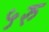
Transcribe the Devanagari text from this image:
५रु